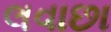
લવાછા